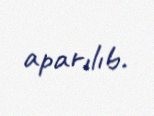
aparılıb.